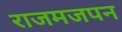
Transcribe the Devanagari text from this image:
राजमजपन